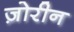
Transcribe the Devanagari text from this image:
ज़ोरीन